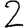
Digit: 2